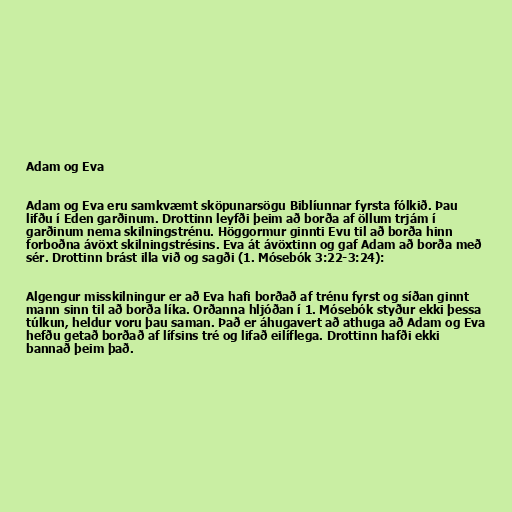
Adam og Eva

Adam og Eva eru samkvæmt sköpunarsögu Biblíunnar fyrsta fólkið. Þau
lifðu í Eden garðinum. Drottinn leyfði þeim að borða af öllum trjám í
garðinum nema skilningstrénu. Höggormur ginnti Evu til að borða hinn
forboðna ávöxt skilningstrésins. Eva át ávöxtinn og gaf Adam að borða með
sér. Drottinn brást illa við og sagði (1. Mósebók 3:22-3:24):

Algengur misskilningur er að Eva hafi borðað af trénu fyrst og síðan ginnt
mann sinn til að borða líka. Orðanna hljóðan í 1. Mósebók styður ekki þessa
túlkun, heldur voru þau saman. Það er áhugavert að athuga að Adam og Eva
hefðu getað borðað af lífsins tré og lifað eilíflega. Drottinn hafði ekki
bannað þeim það.